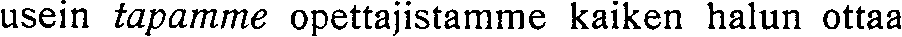
usein tapamme opettajistamme kaiken halun ottaa